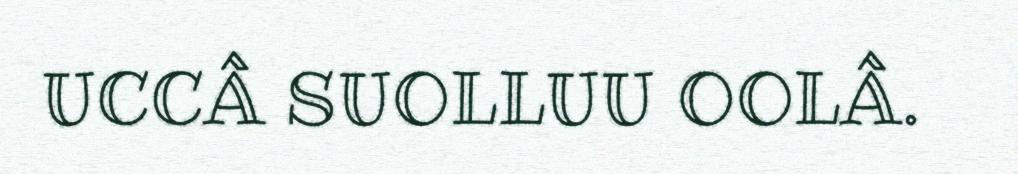
UCCÂ SUOLLUU OOLÂ.